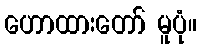
ဟောထားတော် မူပုံ။